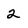
Character: 2